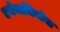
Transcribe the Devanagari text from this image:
एथेनासियोस